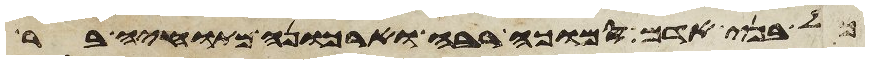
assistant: כל בני שת והיה אדום ירשה והיה ירשה